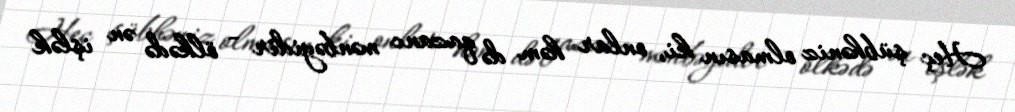
Heç şübhəniz olmasın ki, onlar həm də qazanc mənbəyidir - ölkədə ən işlək